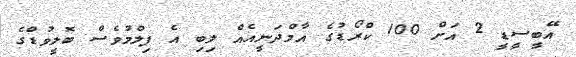
އޭބީސީޑީ 2 އަށް 100 ކްރޯޑުގެ އާމްދަނީއެއް ލިބި އެ ފިލްމުވެސް ބޮލީވުޑްގެ